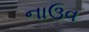
નાઉવ